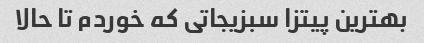
بهترین پیتزا سبزیجاتی که خوردم تا حالا